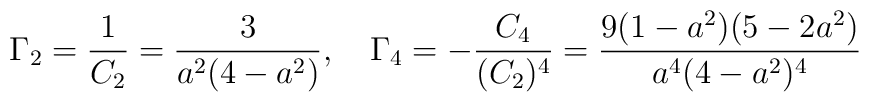
\Gamma_2=\frac{1}{C_2}= \frac{3}{a^2 (4-a^2)},\ \ \ \Gamma_4=-\frac{C_4}{(C_2)^4}=\frac{9(1-a^2)(5-2a^2)}{a^4(4-a^2)^4}